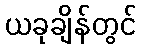
ယခုချိန်တွင်